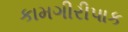
કામગીરીપાક